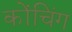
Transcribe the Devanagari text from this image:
कोंचिंग